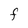
Character: F